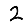
Digit: 2